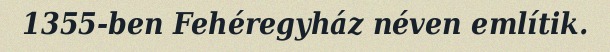
1355-ben Fehéregyház néven említik.